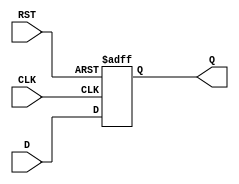
module DataRegister #(
    parameter WIDTH = 8  // Parameter to define the width of the register
)(
    input  wire [WIDTH-1:0] D,   // Data Input
    input  wire CLK,              // Clock Input
    input  wire RST,              // Reset Input
    output reg  [WIDTH-1:0] Q     // Data Output
);

    // Asynchronous reset
    always @(posedge CLK or posedge RST) begin
        if (RST) begin
            Q <= {WIDTH{1'b0}};      // Clear the register on reset
        end else begin
            Q <= D;                 // Capture data on clock edge
        end
    end

endmodule